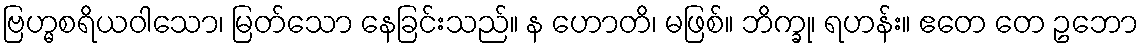
ဗြဟ္မစရိယဝါသော၊ မြတ်သော နေခြင်းသည်။ န ဟောတိ၊ မဖြစ်။ ဘိက္ခု၊ ရဟန်း။ ဧတေ တေ ဥဘော